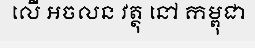
លើ អចលន វត្ថុ នៅ កម្ពុជា